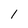
Character: 1